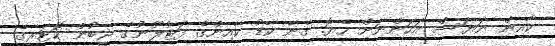
ކާއިން ނަޔަސް އަހަންނަށް ހެޔޮ. ގެނޭ ކާޑު ކާއިންގެ ފަޓުލޫނުގެ ޖީބުން ކޮޓަރީގެ